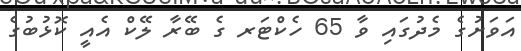
އަވަށުގެ މެދުގައި ވާ 65 ހެކްޓަރ ގެ ބޭރާ ލޭކް އެއީ ކޮޅުބުގެ